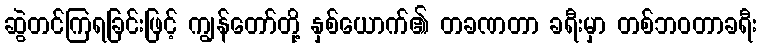
ဆွဲတင်ကြရခြင်းဖြင့် ကျွန်တော်တို့ နှစ်ယောက်၏ တခဏတာ ခရီးမှာ တစ်ဘဝတာခရီး